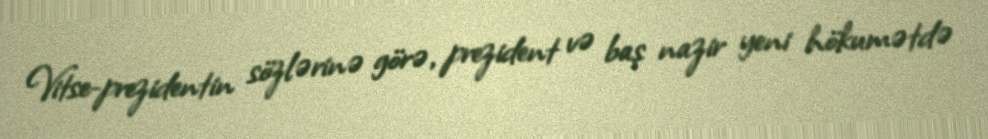
Vitse-prezidentin sözlərinə görə, prezident və baş nazir yeni hökumətdə